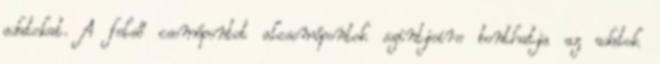
adatokat. A felső csomópontot alcsomópontok szintjeire bonthatja az adatok